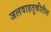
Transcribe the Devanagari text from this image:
जलवाहतुकीतील